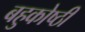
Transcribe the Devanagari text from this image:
बहुकोष्ठी